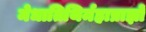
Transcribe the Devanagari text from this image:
मेधातिथिर्महाप्राज्ञो